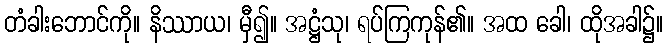
တံခါးဘောင်ကို။ နိဿာယ၊ မှီ၍။ အဋ္ဌံသု၊ ရပ်ကြကုန်၏။ အထ ခေါ၊ ထိုအခါ၌။